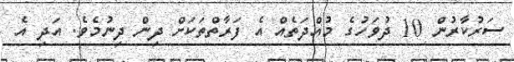
ސަރުކާރުން 10 ދުވަހުގެ މުއްދަތެއް އެ ފަރާތްތަކަށް ދިން ދިނުމެވެ. އަދި އެ